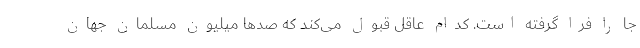
جا را فرا گرفته است. کدام عاقل قبول می‌کند که صدها میلیون مسلمان جهان